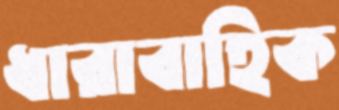
ধারাবাহিক